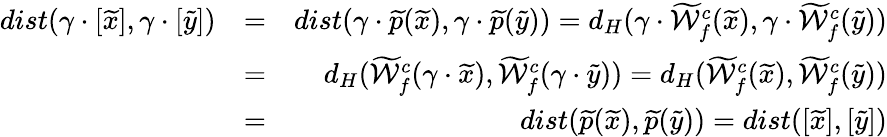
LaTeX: \begin{array}{rlr}{dist(\gamma\cdot[\widetilde{x}],\gamma\cdot[\widetilde{y}])}&{=}&{dist(\gamma\cdot\widetilde{p}(\widetilde{x}),\gamma\cdot\widetilde{p}(\widetilde{y}))=d_{H}(\gamma\cdot\widetilde{{\mathcal W}}_{f}^{c}(\widetilde{x}),\gamma\cdot\widetilde{{\mathcal W}}_{f}^{c}(\widetilde{y}))}\\ &{=}&{d_{H}(\widetilde{{\mathcal W}}_{f}^{c}(\gamma\cdot\widetilde{x}),\widetilde{{\mathcal W}}_{f}^{c}(\gamma\cdot\widetilde{y}))=d_{H}(\widetilde{{\mathcal W}}_{f}^{c}(\widetilde{x}),\widetilde{{\mathcal W}}_{f}^{c}(\widetilde{y}))}\\ &{=}&{dist(\widetilde{p}(\widetilde{x}),\widetilde{p}(\widetilde{y}))=dist([\widetilde{x}],[\widetilde{y}])}\end{array}